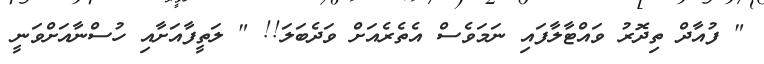
" ފުއާދް ތިދޮރު ވައްޓާލާފައި ނަމަވެސް އެތެރެއަށް ވަދެބަލަ!! " ލަތީފާއަށާއި ހުސްނާއަށްވަނީ